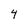
Character: 4